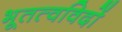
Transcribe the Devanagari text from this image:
भूतत्वविदों